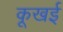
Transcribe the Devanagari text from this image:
कूखई